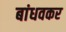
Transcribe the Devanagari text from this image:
बांधवकर